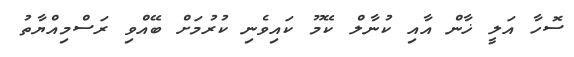
ސޮހާ އަލީ ޚާން އާއި ކުނާލް ކޭމޫ ކައިވެނި ކުރުމަށް ބޭއްވި ރަސްމިއްޔާތު